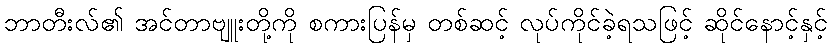
ဘာတီးလ်၏ အင်တာဗျူးတို့ကို စကားပြန်မှ တစ်ဆင့် လုပ်ကိုင်ခဲ့ရသဖြင့် ဆိုင်နောင့်နှင့်